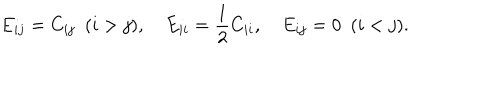
LaTeX: E _ { i j } = C _ { i j } \ \ ( i > j ) , E _ { i i } = { \frac { 1 } { 2 } } C _ { i i } , E _ { i j } = 0 \ \ ( i < j ) .